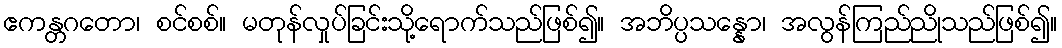
ဧကန္တဂတော၊ စင်စစ်။ မတုန်လှုပ်ခြင်းသို့ရောက်သည်ဖြစ်၍။ အဘိပ္ပသန္နော၊ အလွန်ကြည်ညိုသည်ဖြစ်၍။